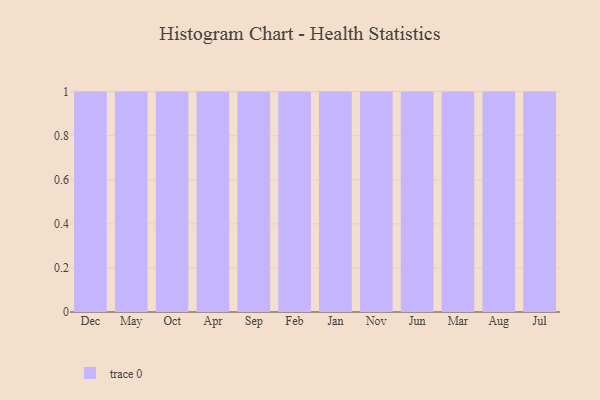
{"axis": {"x": "Month", "y": "Operating Costs (USD K)"}, "legend": [""], "data": [{"x": "Dec", "y": 11, "type": ""}, {"x": "May", "y": 22, "type": ""}, {"x": "Oct", "y": 16, "type": ""}, {"x": "Apr", "y": 45, "type": ""}, {"x": "Sep", "y": 71, "type": ""}, {"x": "Feb", "y": 72, "type": ""}, {"x": "Jan", "y": 82, "type": ""}, {"x": "Nov", "y": 75, "type": ""}, {"x": "Jun", "y": 39, "type": ""}, {"x": "Mar", "y": 4, "type": ""}, {"x": "Aug", "y": 6, "type": ""}, {"x": "Jul", "y": 69, "type": ""}]}